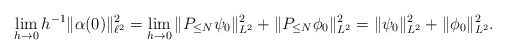
\begin{align*}\lim_{h\to 0} h^{-1}\|\alpha(0)\|_{\ell^2}^2 = \lim_{h\to 0}\|P_{\leq N} \psi_0\|_{L^2}^2 + \|P_{\leq N}\phi_0\|_{L^2}^2 = \|\psi_0\|_{L^2}^2 + \|\phi_0\|_{L^2}^2.\end{align*}